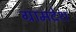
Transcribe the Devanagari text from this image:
ग्रामदेश